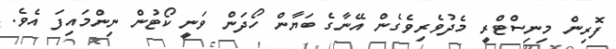
ފޮރިން މިނިސްޓްރީ މެދުވެރިވެގެން އޭނާގެ ބަޔާން ހޯދަން ވަނީ ކޯޓުން ނިންމައިފަ އެވެ.